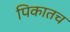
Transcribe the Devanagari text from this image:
पिकातच